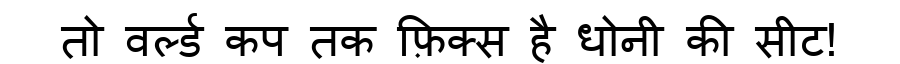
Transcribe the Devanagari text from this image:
तो वर्ल्ड कप तक फ़िक्स है धोनी की सीट!